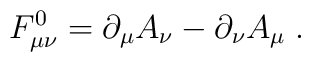
F_{\mu \nu }^0=\partial _\mu A_\nu -\partial _\nu A_\mu \;.